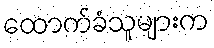
ထောက်ခံသူများက